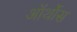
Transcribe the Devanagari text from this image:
ऑर्थोस